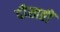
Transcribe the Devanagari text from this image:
दीखतीं